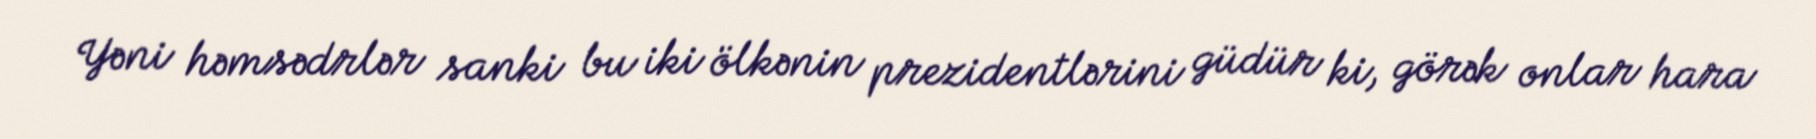
Yəni həmsədrlər sanki bu iki ölkənin prezidentlərini güdür ki, görək onlar hara